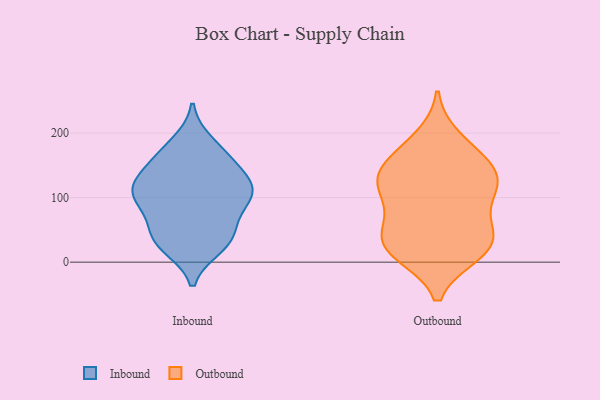
{"axis": {"x": "LTV (USD)", "y": "Value"}, "legend": ["Inbound", "Outbound"], "data": [{"x": "", "y": 96, "type": "Inbound"}, {"x": "", "y": 164, "type": "Inbound"}, {"x": "", "y": 118, "type": "Inbound"}, {"x": "", "y": 166, "type": "Inbound"}, {"x": "", "y": 39, "type": "Inbound"}, {"x": "", "y": 107, "type": "Inbound"}, {"x": "", "y": 185, "type": "Inbound"}, {"x": "", "y": 79, "type": "Inbound"}, {"x": "", "y": 107, "type": "Inbound"}, {"x": "", "y": 117, "type": "Inbound"}, {"x": "", "y": 24, "type": "Inbound"}, {"x": "", "y": 53, "type": "Inbound"}, {"x": "", "y": 145, "type": "Inbound"}, {"x": "", "y": 37, "type": "Inbound"}, {"x": "", "y": 130, "type": "Inbound"}, {"x": "", "y": 99, "type": "Inbound"}, {"x": "", "y": 28, "type": "Inbound"}, {"x": "", "y": 43, "type": "Outbound"}, {"x": "", "y": 56, "type": "Outbound"}, {"x": "", "y": 114, "type": "Outbound"}, {"x": "", "y": 157, "type": "Outbound"}, {"x": "", "y": 130, "type": "Outbound"}, {"x": "", "y": 138, "type": "Outbound"}, {"x": "", "y": 28, "type": "Outbound"}, {"x": "", "y": 106, "type": "Outbound"}, {"x": "", "y": 104, "type": "Outbound"}, {"x": "", "y": 51, "type": "Outbound"}, {"x": "", "y": 192, "type": "Outbound"}, {"x": "", "y": 13, "type": "Outbound"}, {"x": "", "y": 131, "type": "Outbound"}, {"x": "", "y": 19, "type": "Outbound"}, {"x": "", "y": 168, "type": "Outbound"}, {"x": "", "y": 15, "type": "Outbound"}]}